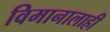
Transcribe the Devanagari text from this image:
विमानालाही